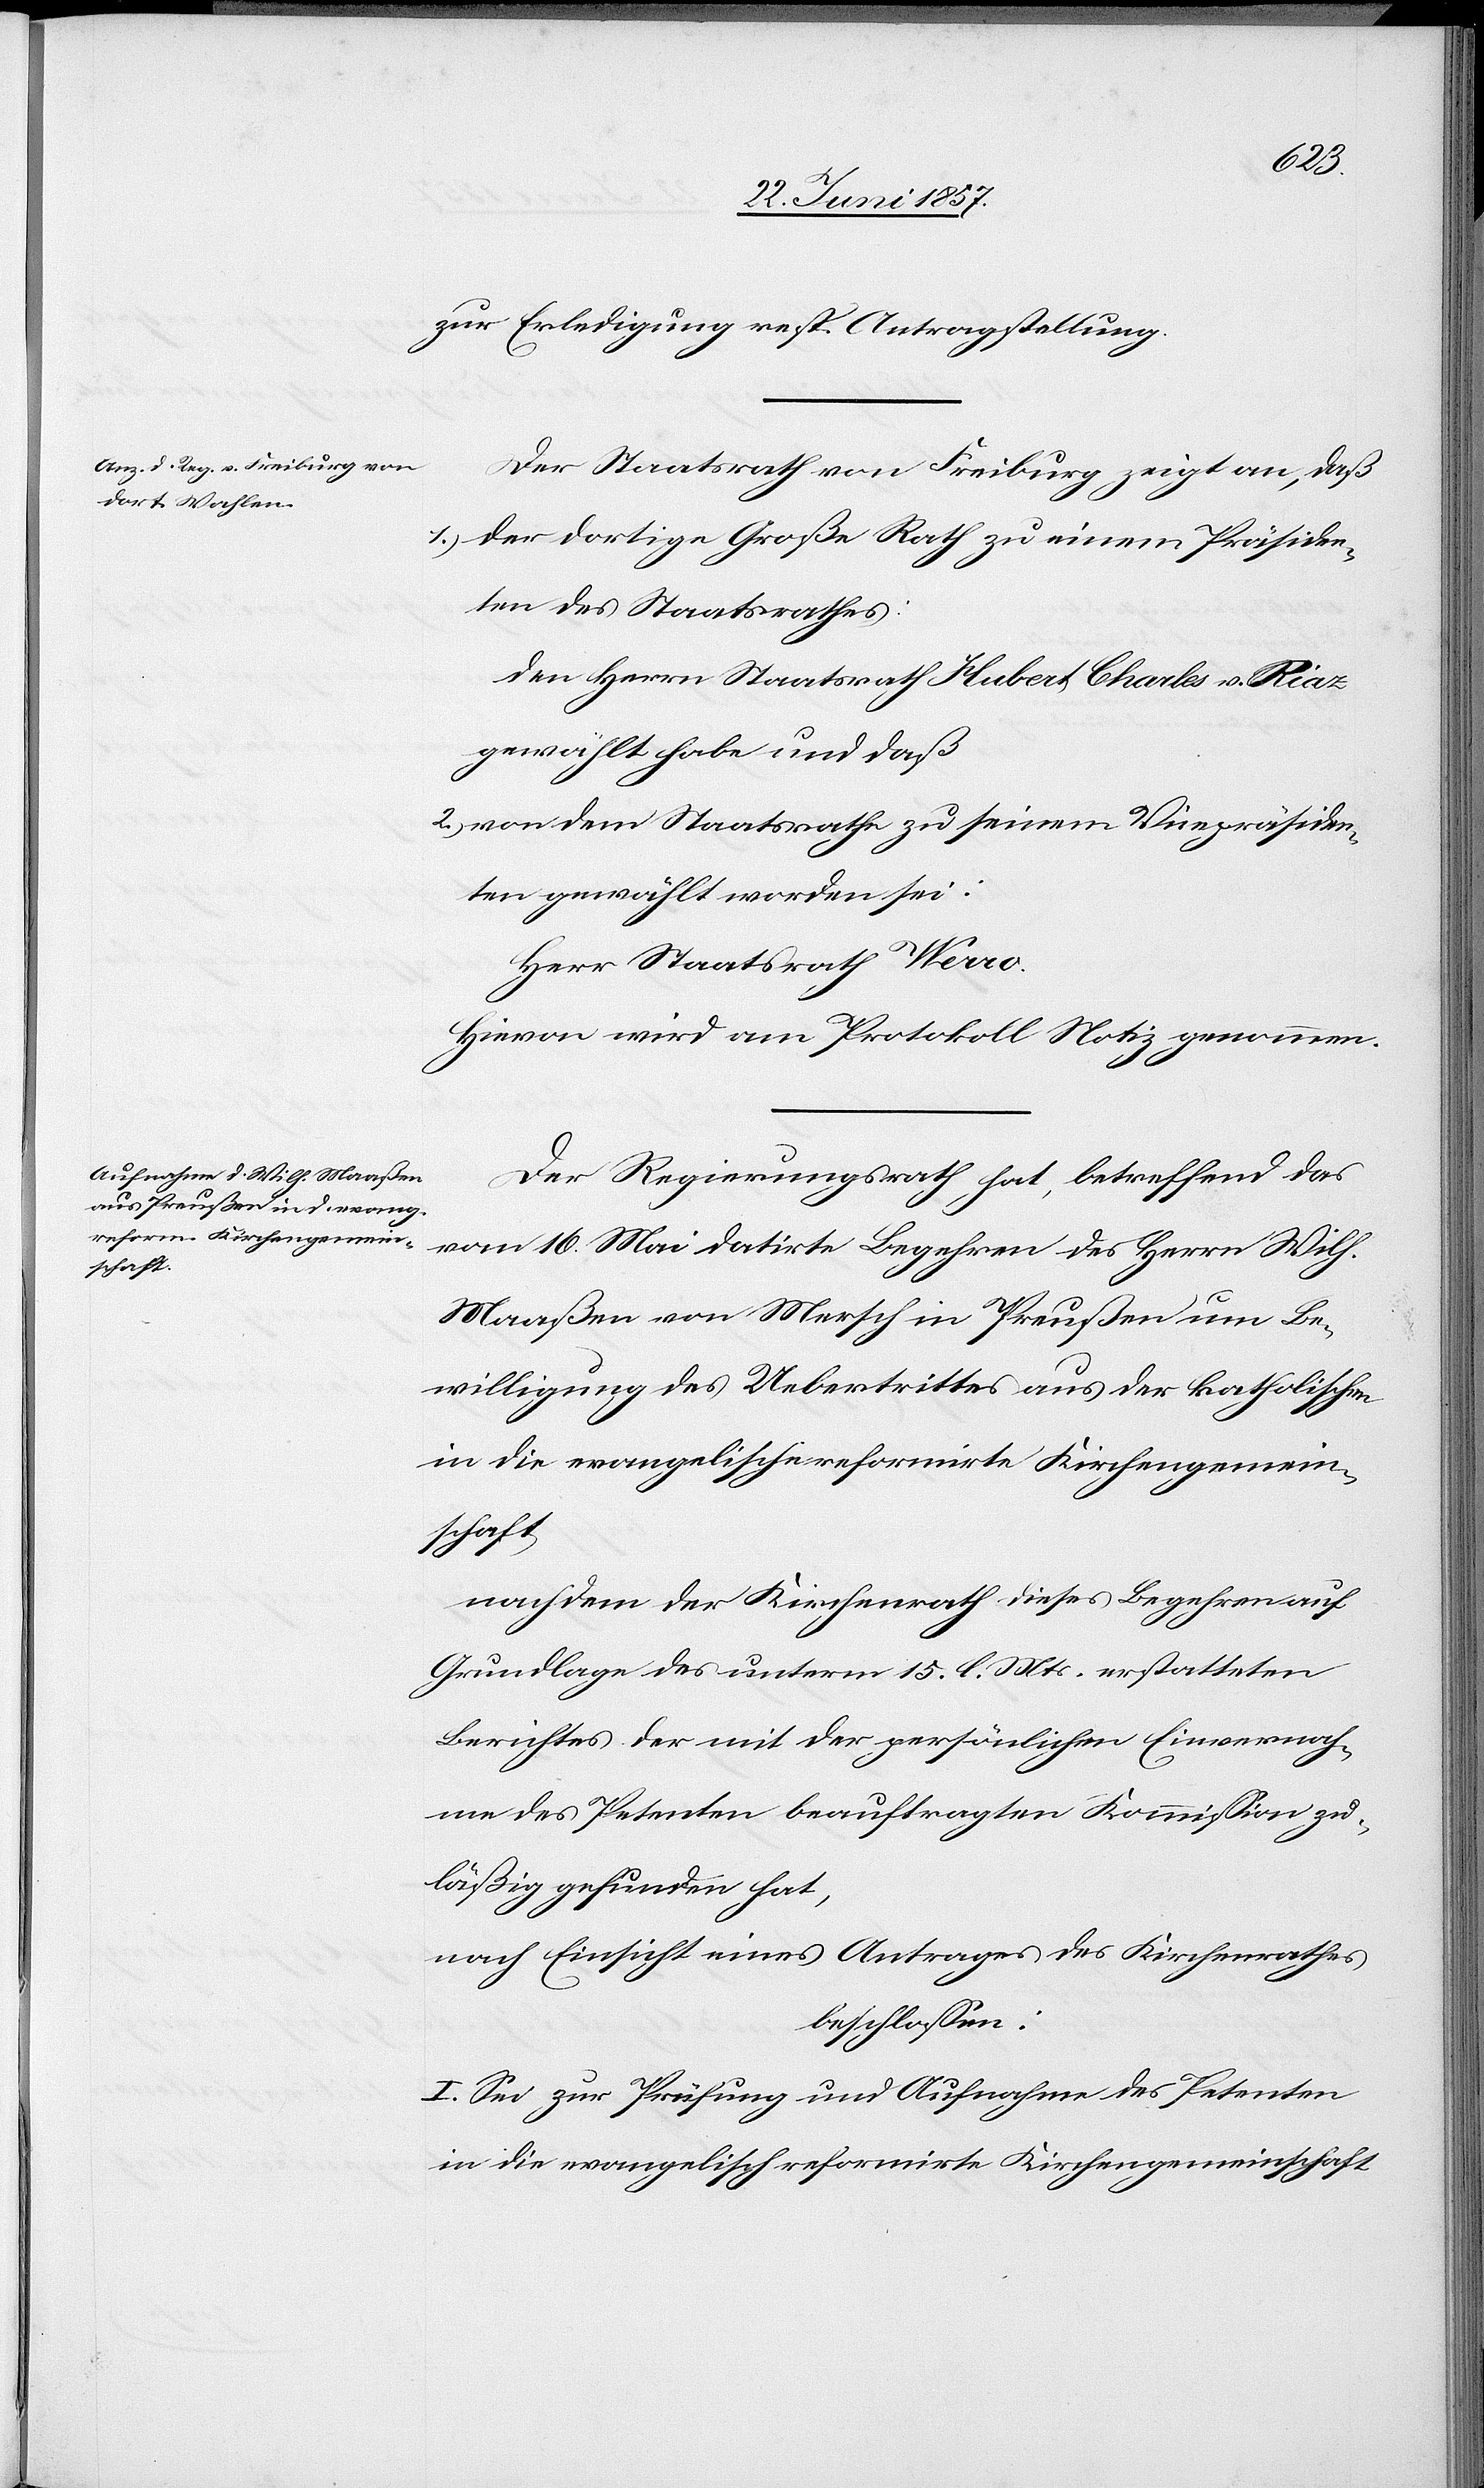
zur Erledigung resp. Antragstellung.
Der Staatsrath von Freiburg zeigt an, daß
1.) der dortige Große Rath zu einem Präsiden¬
ten des Staatsrathes:
Den Herrn Staatsrath Hubert Charles v. Riaz
gewählt habe und daß
2.) von dem Staatsrathe zu seinem Vicepräsiden¬
ten gewählt worden sei:
Herr Staatsrath Werro.
Hievon wird am Protokoll Notiz genommen.
Der Regierungsrath hat, betreffend das
vom 16 Mai datirte Begehren des Herrn Wilh.
Maaßen von Mersch in Preußen um Be¬
willigung des Uebertrittes aus der katholischen
nachdem der Kirchenrath dieses Begehren auf
Grundlage des unterm 15 l. Mts. erstatteten
Berichtes der mit der persönlichen Einvernah¬
me des Petenten beauftragten Kommission zu¬
läßig gefunden hat,
nach Einsicht eines Antrages des Kirchenrathes
beschlossen:
I. Sei zur Prüfung und Aufnahme des Petenten
in die evangelisch reformirte Kirchengemeinschaft